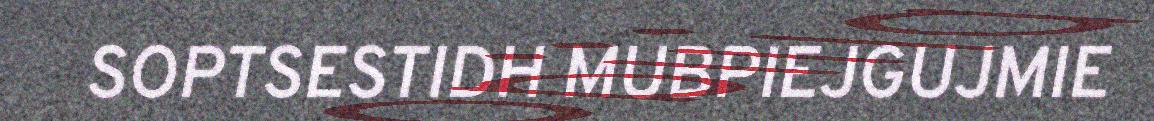
SOPTSESTIDH MUBPIEJGUJMIE